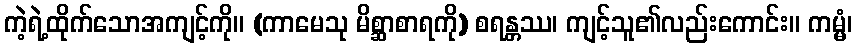
ကဲ့ရဲ့ထိုက်သောအကျင့်ကို။ (ကာမေသု မိစ္ဆာစာရကို) စရန္တဿ၊ ကျင့်သူ၏လည်းကောင်း။ ကမ္မံ၊